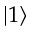
\vert 1 \rangle